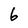
Character: 6